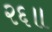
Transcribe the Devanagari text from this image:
२६॥